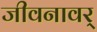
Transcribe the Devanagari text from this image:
जीवनावर्